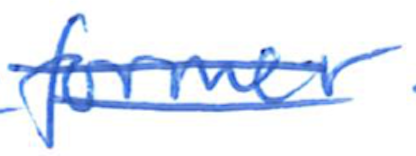
Text: former
Cross-out: double-line
Writing tool: ballpoint